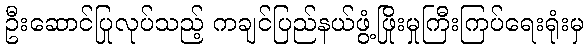
ဦးဆောင်ပြုလုပ်သည့် ကချင်ပြည်နယ်ဖွံ့ဖြိုးမှုကြီးကြပ်ရေးရုံးမှ